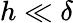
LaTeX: h\ll\delta